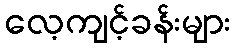
လေ့ကျင့်ခန်းများ